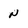
Character: N